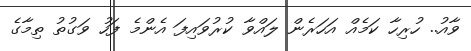
ވާއު.. ހުރިހާ ކަމެއް އަހަރެން ލައްވާ ކުރުވައިފަ އެންމެ ފަހު ވަގުތު ތިމާގެ